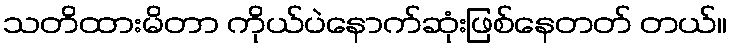
သတိထားမိတာ ကိုယ်ပဲနောက်ဆုံးဖြစ်နေတတ် တယ်။